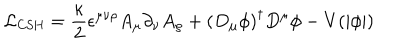
LaTeX: { \cal L } _ { \mathrm { C S H } } = { \frac { \kappa } { 2 } } \epsilon ^ { \mu \nu \rho } A _ { \mu } \partial _ { \nu } A _ { \rho } + \left( D _ { \mu } \phi \right) ^ { \dagger } D ^ { \mu } \phi - V ( | \phi | )